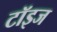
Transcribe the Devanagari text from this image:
टॉइज